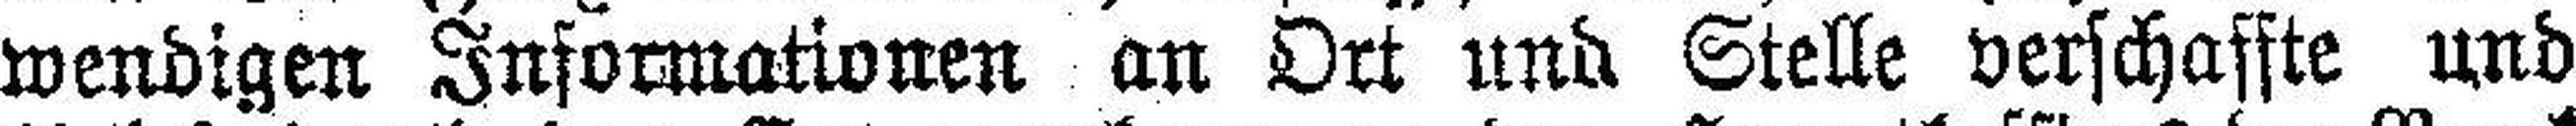
wendigen Informationen an Ort und Stelle verschaffte und